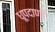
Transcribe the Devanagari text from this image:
धूपदाणी